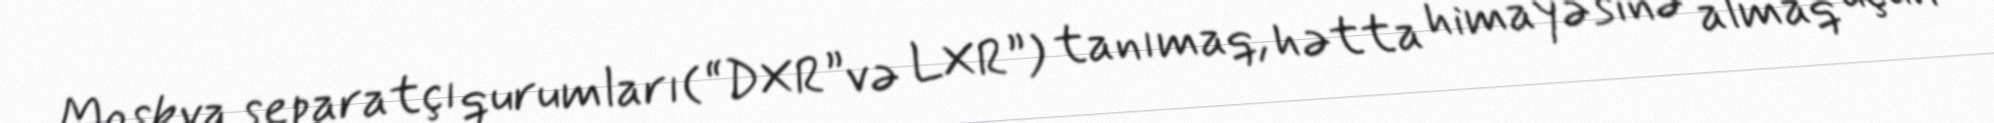
Moskva separatçı qurumları(“DXR”və LXR”) tanımaq, hətta himayəsinə almaq üçün